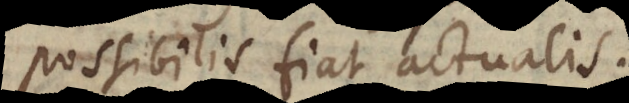
ossibilis fiat actualis.